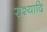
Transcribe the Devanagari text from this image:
राश्यादि